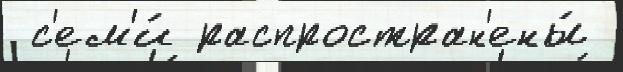
 с'ем'и́ распростран'ены́